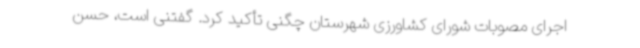
اجرای مصوبات شورای کشاورزی شهرستان چگنی تأکید کرد. گفتنی است، حسن